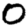
Digit: 0